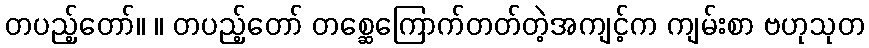
တပည့်တော်။ ။ တပည့်တော် တစ္ဆေကြောက်တတ်တဲ့အကျင့်က ကျမ်းစာ ဗဟုသုတ